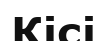
Кісі